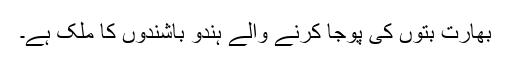
بھارت بتوں کی پوجا کرنے والے ہندو باشندوں کا ملک ہے۔